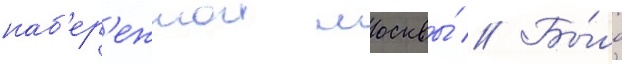
наб'ер'ежнои москвы́ // Бы́ло